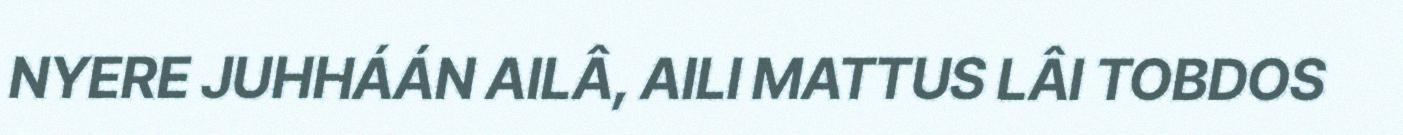
NYERE JUHHÁÁN AILÂ, AILI MATTUS LÂI TOBDOS